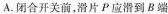
A.闭合开关前，滑片P应滑到B端